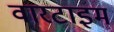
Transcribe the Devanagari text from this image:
वारटाइम